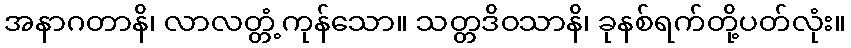
အနာဂတာနိ၊ လာလတ္တံ့ကုန်သော။ သတ္တဒိဝသာနိ၊ ခုနစ်ရက်တို့ပတ်လုံး။